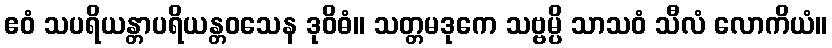
ဧဝံ သပရိယန္တာပရိယန္တဝသေန ဒုဝိဓံ။ သတ္တမဒုကေ သဗ္ဗမ္ပိ သာသဝံ သီလံ လောကိယံ။